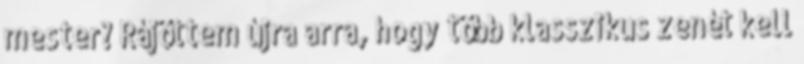
mester? Rájöttem újra arra, hogy több klasszikus zenét kell